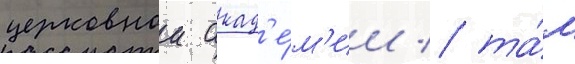
церковнои акад'е́м'ии / та́м